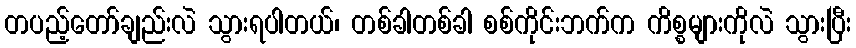
တပည့်တော်ချည်းလဲ သွားရပါတယ်၊ တစ်ခါတစ်ခါ စစ်ကိုင်းဘက်က ကိစ္စများကိုလဲ သွားပြီး